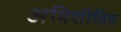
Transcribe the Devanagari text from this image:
अभिशीतित